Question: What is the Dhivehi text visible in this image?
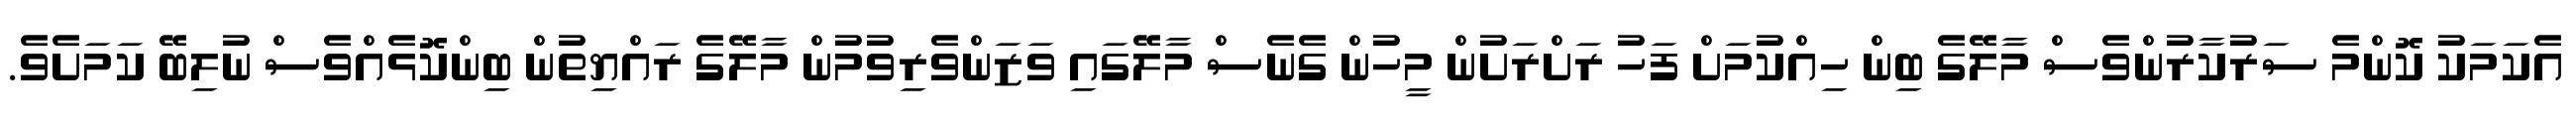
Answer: އެކަމަކު ކޮންމެ ސަރުކާރުންވެސް މާލޭގެ ބިން ހިއްކުމަށް ފަހު ރަށްރަށުން މީހުން ގެނެސް މާލޭގައި ވަޒަންވެރިވުމުން މާލޭގެ ރައްޔިތުން ބިންކޮޅެއްވެސް ނުލިބޭ ކަމަށެވެ.